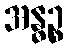
အန္ဓဉ္စ